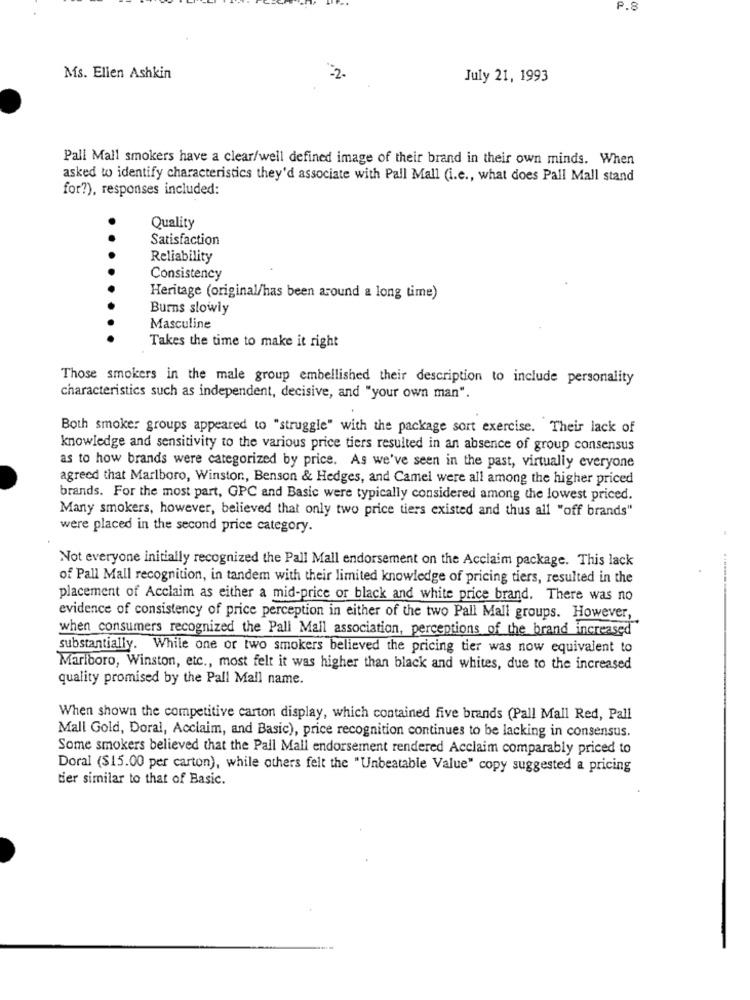
P.8
Ms. Elien Ashkin
-2.
July 21, 1993
Pall Mall smokers have a clear/well defined image of their brand in their own minds. When
asked to identify characteristics they'd associate with Pall Mall (i.e ., what does Pall Mall stand
for?), responses included:
Quality
Satisfaction
Reliability
Consistency
Heritage (original/has been around a long time)
Burns slowly
Masculine
Takes the time to make it right
Those smokers in the male group embellished their description to include personality
characteristics such as independent, decisive, and "your own man".
Both smoker groups appeared to "struggle" with the package sort exercise. Their lack of
knowledge and sensitivity to the various price tiers resulted in an absence of group consensus
as to how brands were categorized by price. As we've seen in the past, virtually everyone
agreed that Marlboro, Winston, Benson & Hedges, and Camel were all among the higher priced
brands. For the most part, GPC and Basic were typically considered among the lowest priced.
Many smokers, however, believed that only two price tiers existed and thus all "off brands"
were placed in the second price category.
Not everyone initially recognized the Pall Mall endorsement on the Acclaim package. This lack
of Pall Mall recognition, in tandem with their limited knowledge of pricing tiers, resulted in the
placement of Acclaim as either a mid-price or black and white price brand. There was no
evidence of consistency of price perception in either of the two Pall Mall groups. However,
when consumers recognized the Pall Mall association, perceptions of the brand increased
substantially. While one or two smokers believed the pricing tier was now equivalent to
Marlboro, Winston, etc ., most felt it was higher than black and whites, due to the increased
quality promised by the Pall Mall name.
When shown the competitive carton display, which contained five brands (Pall Mall Red, Pall
Mall Gold, Doral, Acclaim, and Basic), price recognition continues to be lacking in consensus.
Some smokers believed that the Pall Mall endorsement rendered Acclaim comparably priced to
Doral ($15.00 per carton), while others felt the "Unbeatable Value" copy suggested a pricing
tier similar to that of Basic.